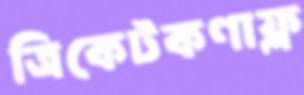
ত্রিকেটকণাফ্ল